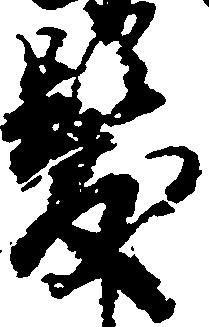
髪